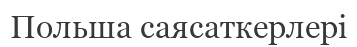
Польша саясаткерлері